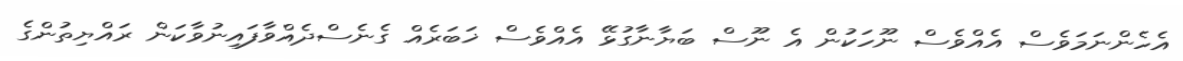
އެހެންނަމަވެސް އެއްވެސް ނޫހަކުން އެ ނޫސް ބަޔާނާގުޅޭ އެއްވެސް ޚަބަރެއް ގެނެސްދެއްވާފައިނުވާކަން ރައްޔިތުންގެ